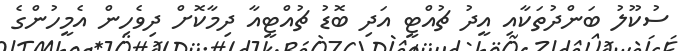
ސުކޫލު ބަންދުތަކާއި އީދު ޗުއްޓީ އަދި ބޮޑު ޗުއްޓީއާ ދިމާކޮށް ދިވެހިން އެމީހުންގެ